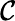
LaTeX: {\cal\mathcal{C}}